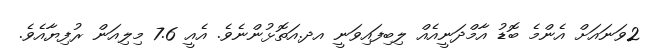
2ވަނައަށް އެންމެ ބޮޑު އާމްދަނީއެއް ލިބިފައިވަނީ އދ.އަތޮޅުންނެވެ. އެއީ 7.6 މިލިއަން ރުފިޔާއެވެ.